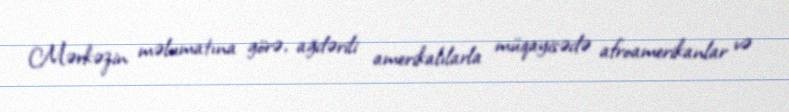
Mərkəzin məlumatına görə, ağdərili amerikalılarla müqayisədə afroamerikanlar və